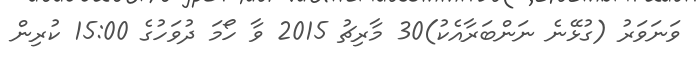
ވަނަވަރު (ގުޅޭނެ ނަންބަރާއެކު)30 މާރިޗު 2015 ވާ ހޯމަ ދުވަހުގެ 15:00 ކުރިން